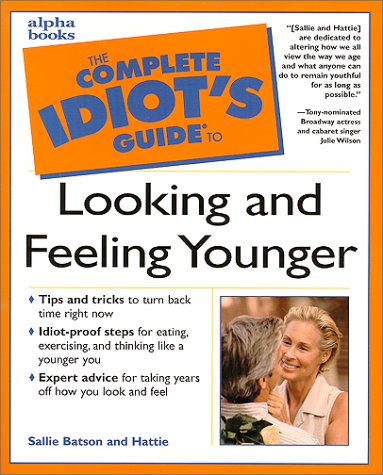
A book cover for Complete Idiot's Guide to Looking and Feeling Younger; Hattie; Health, Fitness & Dieting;